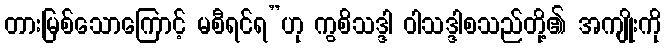
တားမြစ်သောကြောင့် မစီရင်ရ”ဟု ကွစိသဒ္ဒါ ဝါသဒ္ဒါစသည်တို့၏ အကျိုးကို